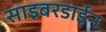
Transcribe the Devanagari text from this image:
साइबरडाईन